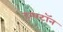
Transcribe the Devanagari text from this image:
हम्पटॉन